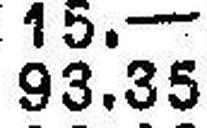
93.35